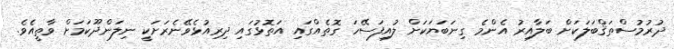
ދުރުމުސްތަޤްބަލަކަށް ބަލާއިރު އެންމެ ގިނަބަޔަކަށް ލުއިފަސޭހަ ގޮތެއްގައި އަތޮޅުގައި ދިރިއުޅެވޭނެރަށަކީ ނިލަންދޫކަމަށް ވާތީއެވެ.